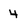
Character: 4